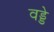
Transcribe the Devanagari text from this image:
वड्डे